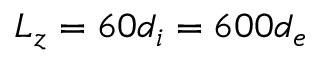
L _ { z } = 6 0 d _ { i } = 6 0 0 d _ { e }